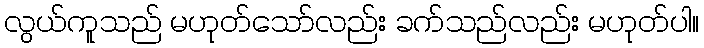
လွယ်ကူသည် မဟုတ်သော်လည်း ခက်သည်လည်း မဟုတ်ပါ။